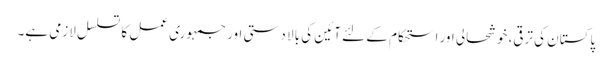
پاکستان کی ترقی، خوشحالی اور استحکام کے لئے آئین کی بالا دستی اور جمہوری عمل کا تسلسل لازمی ہے۔